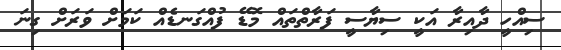
ސިއްހީ ދާއިރާ އަކީ ސިޔާސީ ފަރާތްތައް މޮޑޭ ފުއްގަނޑެއް ކަމަށް ވަރަށް ގިނަ